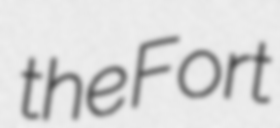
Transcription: the Fort